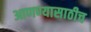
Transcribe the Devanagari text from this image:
आणण्यासाठीच